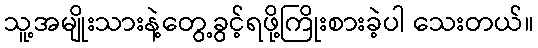
သူ့အမျိုးသားနဲ့တွေ့ခွင့်ရဖို့ကြိုးစားခဲ့ပါ သေးတယ်။